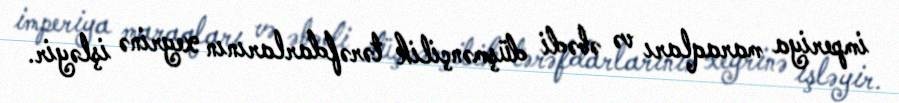
imperiya maraqları və əbədi düşmənçilik tərəfdarlarının xeyrinə işləyir.